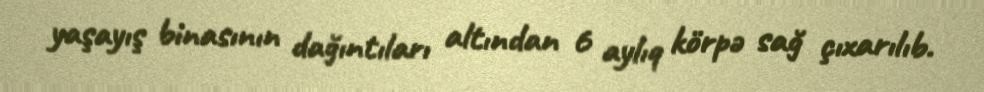
yaşayış binasının dağıntıları altından 6 aylıq körpə sağ çıxarılıb.